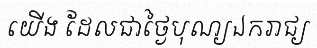
យើង ដែលជាថ្ងៃបុណ្យឯករាជ្យ